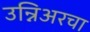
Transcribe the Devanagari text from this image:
उन्निअरचा